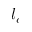
l _ { c }